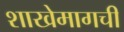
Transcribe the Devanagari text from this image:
शाखेमागची